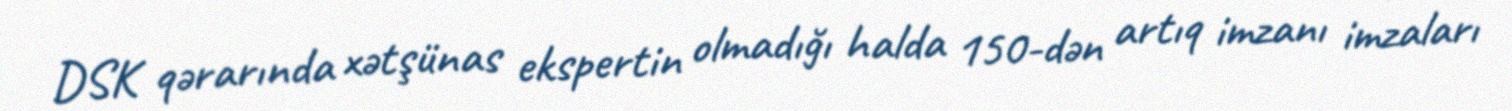
DSK qərarında xətşünas ekspertin olmadığı halda 150-dən artıq imzanı imzaları